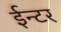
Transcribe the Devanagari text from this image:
ईन्टर